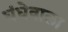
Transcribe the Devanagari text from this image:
धंधेवाला